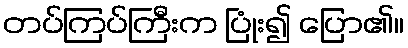
တပ်ကြပ်ကြီးက ပြုံး၍ ပြော၏။